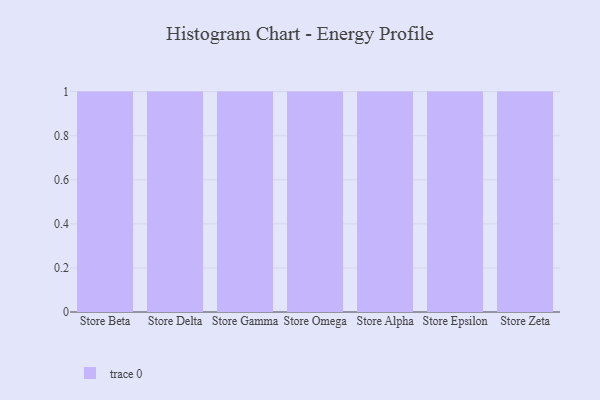
{"axis": {"x": "Store", "y": "Revenue (USD Million)"}, "legend": [""], "data": [{"x": "Store Beta", "y": 26, "type": ""}, {"x": "Store Delta", "y": 81, "type": ""}, {"x": "Store Gamma", "y": 90, "type": ""}, {"x": "Store Omega", "y": 94, "type": ""}, {"x": "Store Alpha", "y": 15, "type": ""}, {"x": "Store Epsilon", "y": 92, "type": ""}, {"x": "Store Zeta", "y": 44, "type": ""}]}